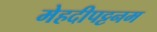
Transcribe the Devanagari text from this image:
मेहदीपट्टनम